Scientific memoirs by medical officers of the Army of India - Part III,
Year: 1887
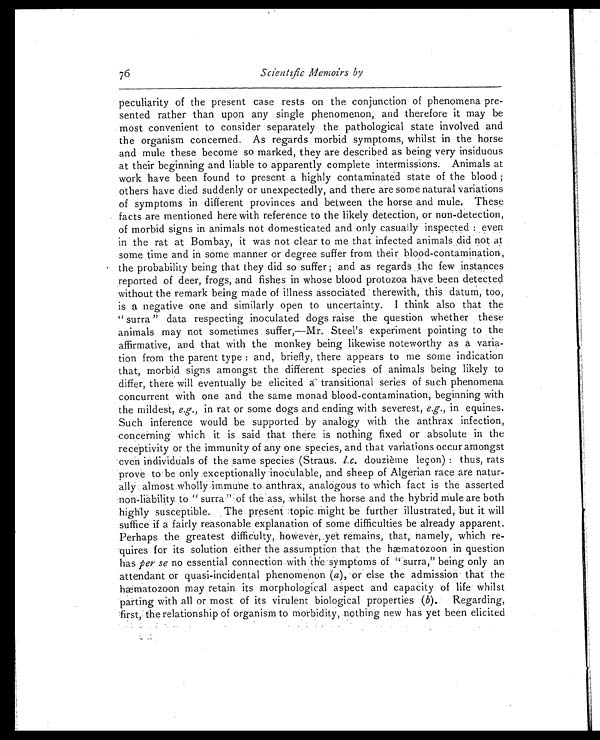
76
Scientific Memoirs by
peculiarity of the present case rests on the conjunction of phenomena pre-
sented rather than upon any single phenomenon, and therefore it may be
most convenient to consider separately the pathological state involved and
the organism concerned. As regards morbid symptoms, whilst in the horse
and mule these become so marked, they are described as being very insiduous
at their beginning and liable to apparently complete intermissions. Animals at
work have been found to present a highly contaminated state of the blood ;
others have died suddenly or unexpectedly, and there are some natural variations
of symptoms in different provinces and between the horse and mule. These
facts are mentioned here with reference to the likely detection, or non-detection,
of morbid signs in animals not domesticated and only casually inspected : even
in the rat at Bombay, it was not clear to me that infected animals did not at
some time and in some manner or degree suffer from their blood-contamination,
the probability being that they did so suffer ; and as regards the few instances
reported of deer, frogs, and fishes in whose blood protozoa have been detected
without the remark being made of illness associated therewith, this datum, too,
is a negative one and similarly open to uncertainty. I think also that the
" surra " data respecting inoculated dogs raise the question whether these
animals may not sometimes suffer,—Mr. Steel's experiment pointing to the
affirmative, and that with the monkey being likewise noteworthy as a varia-
tion from the parent type : and, briefly, there appears to me some indication
that, morbid signs amongst the different species of animals being likely to
differ, there will eventually be elicited a' transitional series of such phenomena
concurrent with one and the same monad blood-contamination, beginning with
the mildest, e.g., in rat or some dogs and ending with severest, e.g., in equines.
Such inference would be supported by analogy with the anthrax infection,
concerning which it is said that there is nothing fixed or absolute in the
receptivity or the immunity of any one species, and that variations occur amongst
even individuals of the same species (Straus. l.c. douzième leçon) : thus, rats
Prove to be only exceptionally inoculable, and sheep of Algerian race are natur-
ally almost Wholly immune to anthrax, analogous to which fact is the asserted
non-liability to " surra" of the ass, whilst the horse and the hybrid mule are both
highly susceptible. The present :topic might be further illustrated, but it will
suffice if a fairly reasonable explanation of some difficulties be already apparent.
Perhaps the greatest difficulty, however, yet remains, that, namely, which re-
quires for its solution either the assumption that the hæmatozoon in question
has per se no essential connection with the symptoms of " surra," being only an
attendant or quasi-incidental phenomenon (a) , or else the admission that the
hæmatozoon may retain its morphological aspect and capacity of life whilst
parting with all or most of its virulent biological properties (b). Regarding,
first, the relationship of organism to morbidity, nothing new has yet been elicited